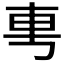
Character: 𰹉